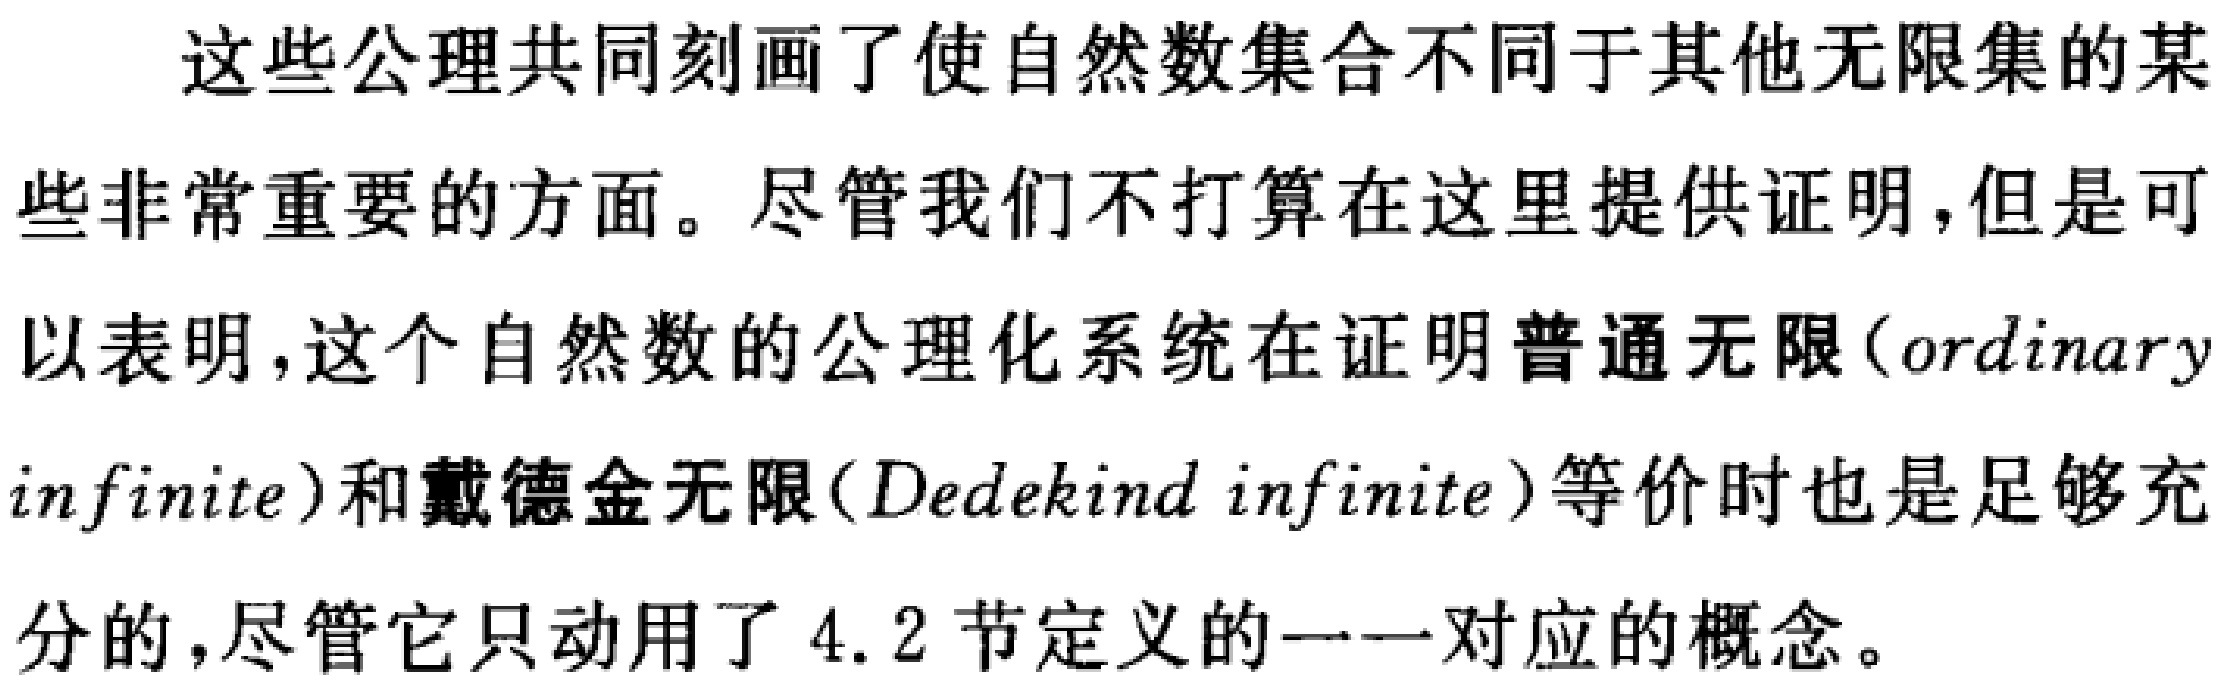
这些公理共同刻画了使自然数集合不同于其他无限集的某些非常重要的方面。尽管我们不打算在这里提供证明，但是可以表明，这个自然数的公理化系统在证明普通无限(\(ordinary\ infinite\))和戴德金无限(\(Dedekind\ infinite\))等价时也是足够充分的，尽管它只动用了4.2节定义的一一对应的概念。